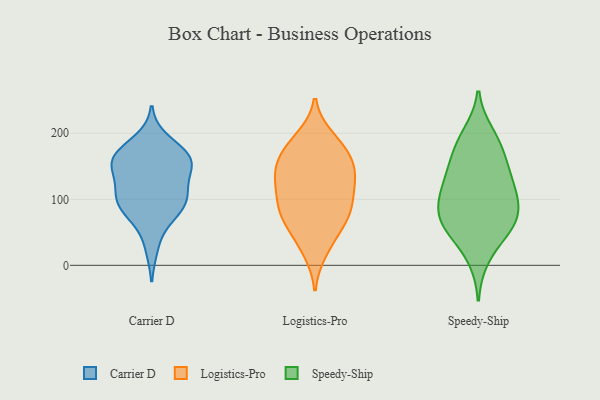
{"axis": {"x": "Market Share (%)", "y": "Value"}, "legend": ["Carrier D", "Logistics-Pro", "Speedy-Ship"], "data": [{"x": "", "y": 127, "type": "Carrier D"}, {"x": "", "y": 76, "type": "Carrier D"}, {"x": "", "y": 161, "type": "Carrier D"}, {"x": "", "y": 109, "type": "Carrier D"}, {"x": "", "y": 96, "type": "Carrier D"}, {"x": "", "y": 107, "type": "Carrier D"}, {"x": "", "y": 105, "type": "Carrier D"}, {"x": "", "y": 151, "type": "Carrier D"}, {"x": "", "y": 148, "type": "Carrier D"}, {"x": "", "y": 168, "type": "Carrier D"}, {"x": "", "y": 165, "type": "Carrier D"}, {"x": "", "y": 165, "type": "Carrier D"}, {"x": "", "y": 155, "type": "Carrier D"}, {"x": "", "y": 87, "type": "Carrier D"}, {"x": "", "y": 189, "type": "Carrier D"}, {"x": "", "y": 77, "type": "Carrier D"}, {"x": "", "y": 28, "type": "Carrier D"}, {"x": "", "y": 92, "type": "Logistics-Pro"}, {"x": "", "y": 193, "type": "Logistics-Pro"}, {"x": "", "y": 190, "type": "Logistics-Pro"}, {"x": "", "y": 167, "type": "Logistics-Pro"}, {"x": "", "y": 135, "type": "Logistics-Pro"}, {"x": "", "y": 149, "type": "Logistics-Pro"}, {"x": "", "y": 172, "type": "Logistics-Pro"}, {"x": "", "y": 168, "type": "Logistics-Pro"}, {"x": "", "y": 90, "type": "Logistics-Pro"}, {"x": "", "y": 114, "type": "Logistics-Pro"}, {"x": "", "y": 105, "type": "Logistics-Pro"}, {"x": "", "y": 138, "type": "Logistics-Pro"}, {"x": "", "y": 129, "type": "Logistics-Pro"}, {"x": "", "y": 71, "type": "Logistics-Pro"}, {"x": "", "y": 33, "type": "Logistics-Pro"}, {"x": "", "y": 75, "type": "Logistics-Pro"}, {"x": "", "y": 72, "type": "Logistics-Pro"}, {"x": "", "y": 21, "type": "Logistics-Pro"}, {"x": "", "y": 60, "type": "Logistics-Pro"}, {"x": "", "y": 139, "type": "Logistics-Pro"}, {"x": "", "y": 59, "type": "Speedy-Ship"}, {"x": "", "y": 130, "type": "Speedy-Ship"}, {"x": "", "y": 177, "type": "Speedy-Ship"}, {"x": "", "y": 92, "type": "Speedy-Ship"}, {"x": "", "y": 145, "type": "Speedy-Ship"}, {"x": "", "y": 12, "type": "Speedy-Ship"}, {"x": "", "y": 104, "type": "Speedy-Ship"}, {"x": "", "y": 114, "type": "Speedy-Ship"}, {"x": "", "y": 70, "type": "Speedy-Ship"}, {"x": "", "y": 198, "type": "Speedy-Ship"}, {"x": "", "y": 151, "type": "Speedy-Ship"}, {"x": "", "y": 52, "type": "Speedy-Ship"}, {"x": "", "y": 69, "type": "Speedy-Ship"}, {"x": "", "y": 186, "type": "Speedy-Ship"}, {"x": "", "y": 60, "type": "Speedy-Ship"}, {"x": "", "y": 103, "type": "Speedy-Ship"}]}